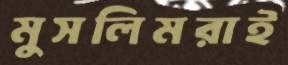
মুসলিমরাই